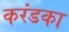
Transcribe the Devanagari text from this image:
करंडका